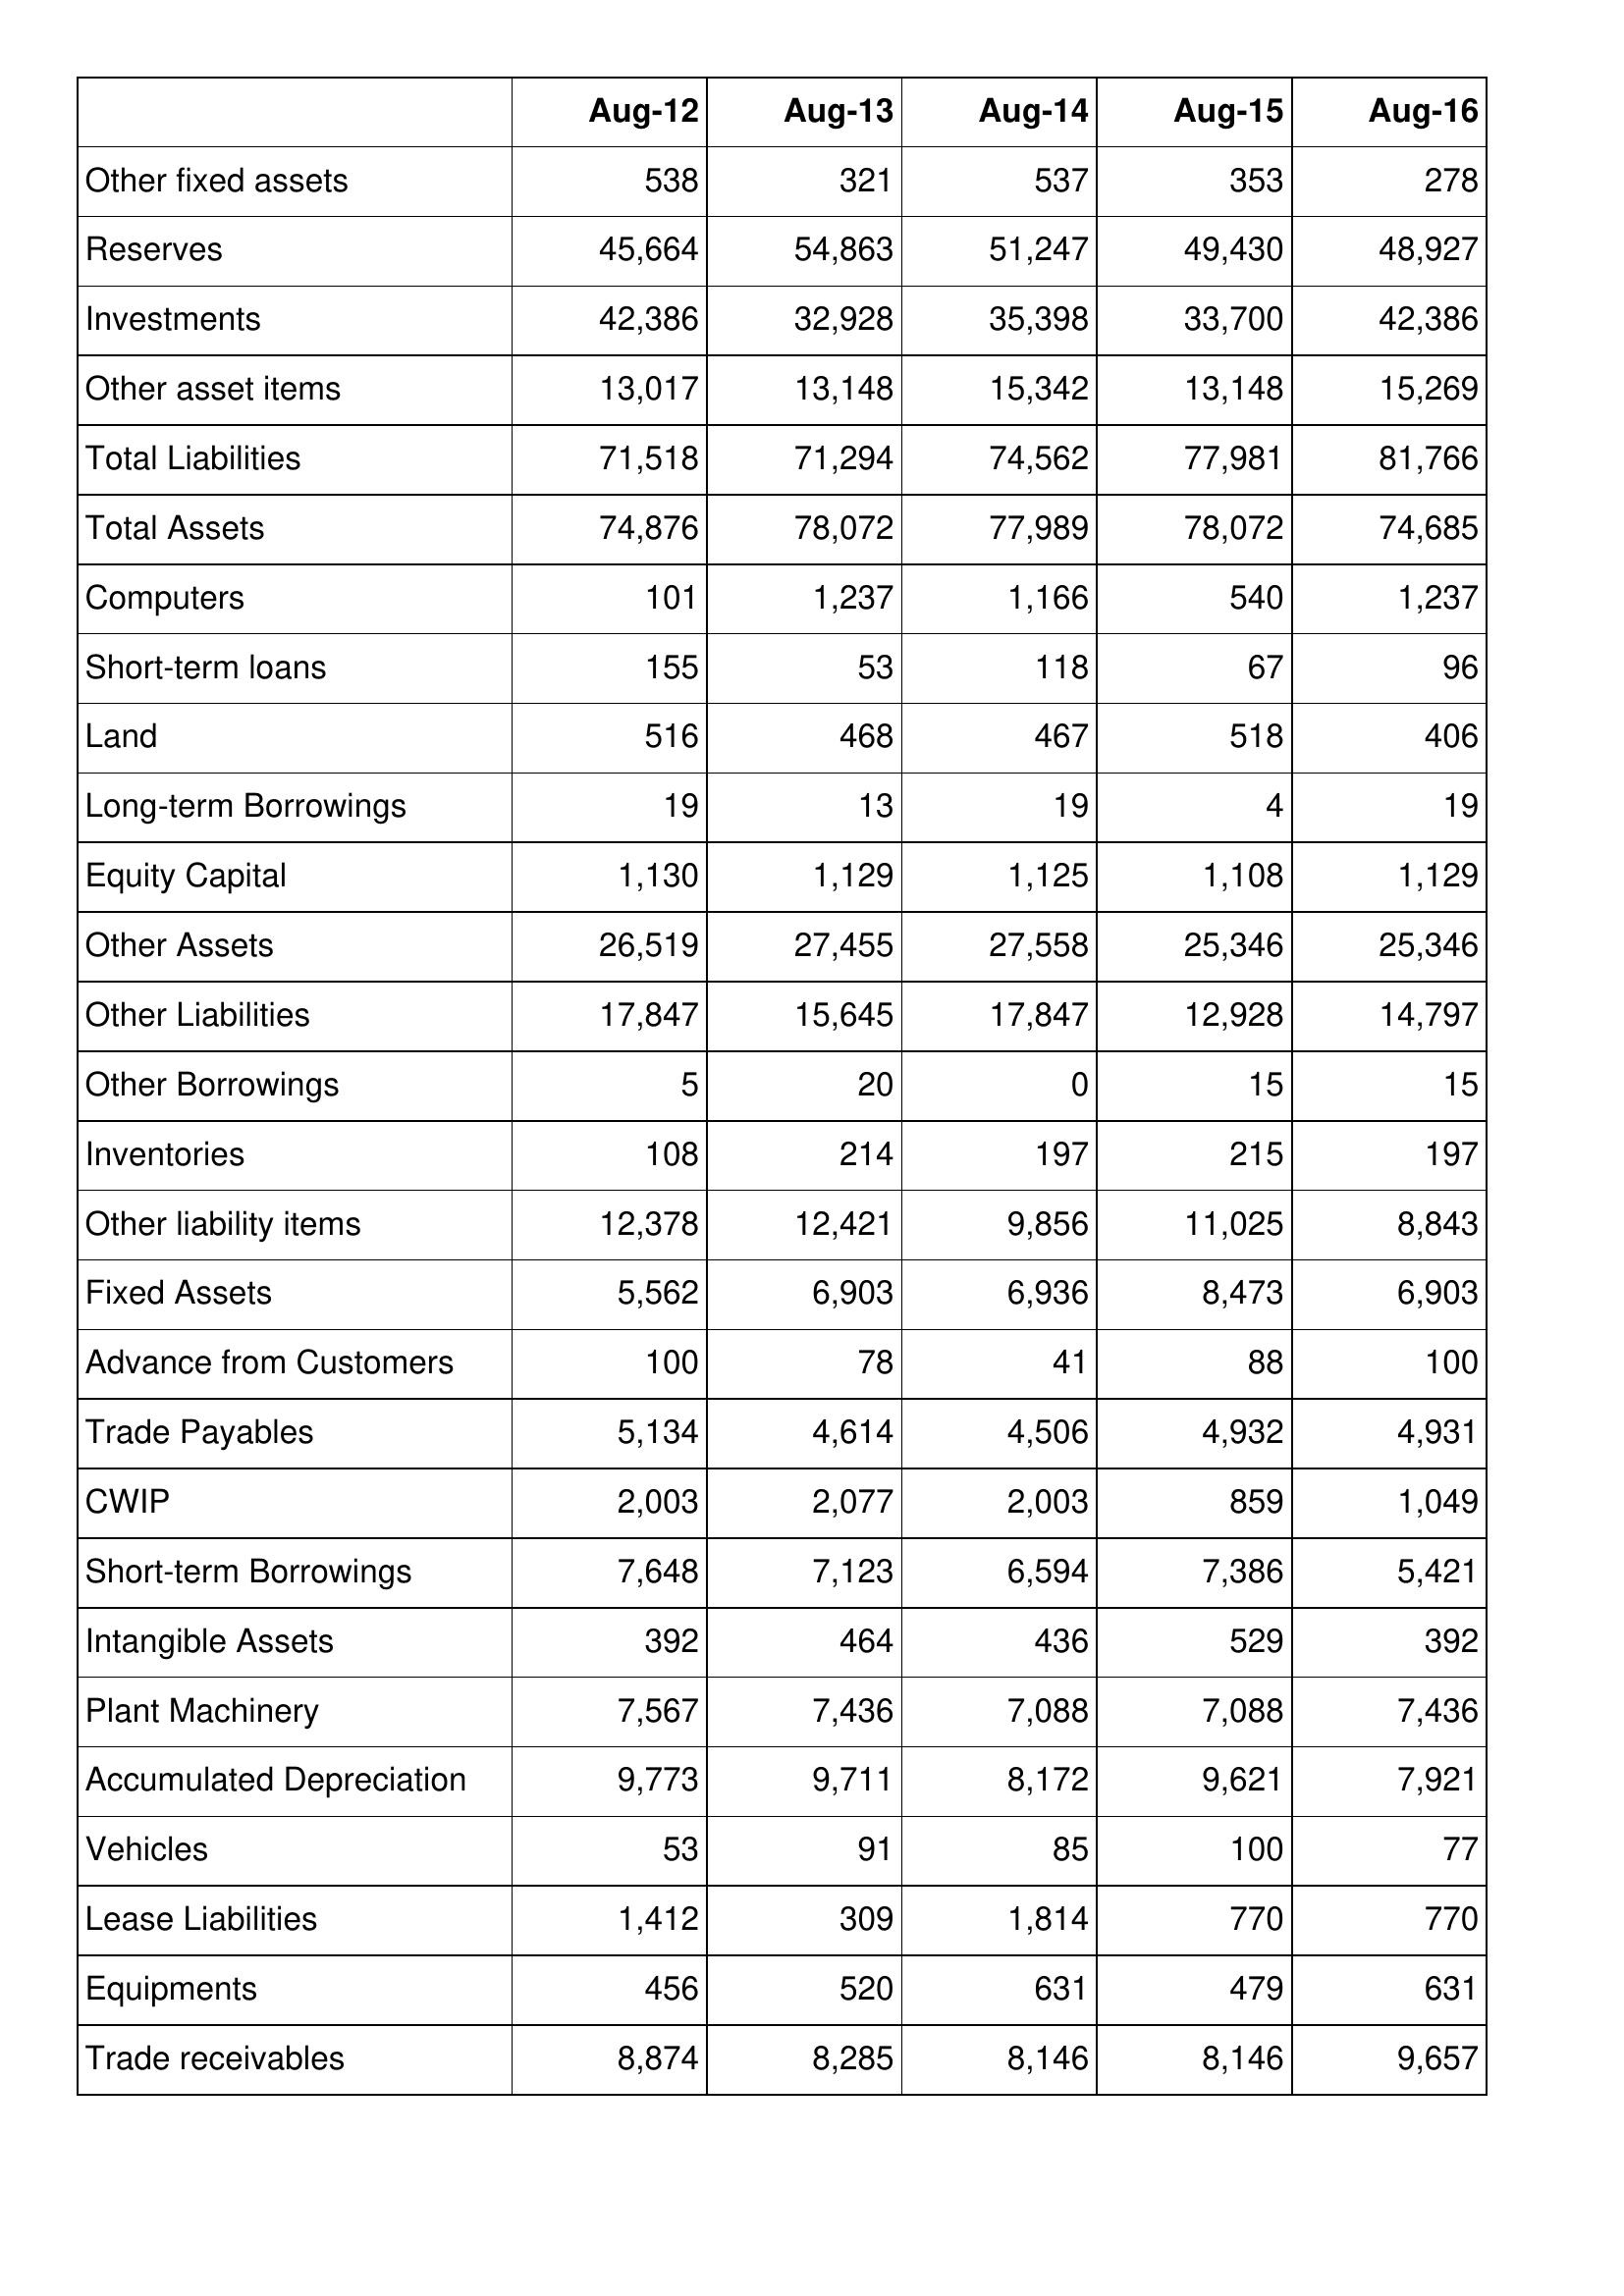
Aug-12: Balance Sheet: Other fixed assets: 538
Reserves: 45,664
Investments: 42,386
Other asset items: 13,017
Total Liabilities: 71,518
Total Assets: 74,876
Computers: 101
Short-term loans: 155
Land: 516
Long-term Borrowings: 19
Equity Capital: 1,130
Other Assets: 26,519
Other Liabilities: 17,847
Other Borrowings: 5
Inventories: 108
Other liability items: 12,378
Fixed Assets: 5,562
Advance from Customers: 100
Trade Payables: 5,134
CWIP: 2,003
Short-term Borrowings: 7,648
Intangible Assets: 392
Plant Machinery: 7,567
Accumulated Depreciation: 9,773
Vehicles: 53
Lease Liabilities: 1,412
Equipments: 456
Trade receivables: 8,874
Aug-13: Balance Sheet: Other fixed assets: 321
Reserves: 54,863
Investments: 32,928
Other asset items: 13,148
Total Liabilities: 71,294
Total Assets: 78,072
Computers: 1,237
Short-term loans: 53
Land: 468
Long-term Borrowings: 13
Equity Capital: 1,129
Other Assets: 27,455
Other Liabilities: 15,645
Other Borrowings: 20
Inventories: 214
Other liability items: 12,421
Fixed Assets: 6,903
Advance from Customers: 78
Trade Payables: 4,614
CWIP: 2,077
Short-term Borrowings: 7,123
Intangible Assets: 464
Plant Machinery: 7,436
Accumulated Depreciation: 9,711
Vehicles: 91
Lease Liabilities: 309
Equipments: 520
Trade receivables: 8,285
Aug-14: Balance Sheet: Other fixed assets: 537
Reserves: 51,247
Investments: 35,398
Other asset items: 15,342
Total Liabilities: 74,562
Total Assets: 77,989
Computers: 1,166
Short-term loans: 118
Land: 467
Long-term Borrowings: 19
Equity Capital: 1,125
Other Assets: 27,558
Other Liabilities: 17,847
Other Borrowings: 0
Inventories: 197
Other liability items: 9,856
Fixed Assets: 6,936
Advance from Customers: 41
Trade Payables: 4,506
CWIP: 2,003
Short-term Borrowings: 6,594
Intangible Assets: 436
Plant Machinery: 7,088
Accumulated Depreciation: 8,172
Vehicles: 85
Lease Liabilities: 1,814
Equipments: 631
Trade receivables: 8,146
Aug-15: Balance Sheet: Other fixed assets: 353
Reserves: 49,430
Investments: 33,700
Other asset items: 13,148
Total Liabilities: 77,981
Total Assets: 78,072
Computers: 540
Short-term loans: 67
Land: 518
Long-term Borrowings: 4
Equity Capital: 1,108
Other Assets: 25,346
Other Liabilities: 12,928
Other Borrowings: 15
Inventories: 215
Other liability items: 11,025
Fixed Assets: 8,473
Advance from Customers: 88
Trade Payables: 4,932
CWIP: 859
Short-term Borrowings: 7,386
Intangible Assets: 529
Plant Machinery: 7,088
Accumulated Depreciation: 9,621
Vehicles: 100
Lease Liabilities: 770
Equipments: 479
Trade receivables: 8,146
Aug-16: Balance Sheet: Other fixed assets: 278
Reserves: 48,927
Investments: 42,386
Other asset items: 15,269
Total Liabilities: 81,766
Total Assets: 74,685
Computers: 1,237
Short-term loans: 96
Land: 406
Long-term Borrowings: 19
Equity Capital: 1,129
Other Assets: 25,346
Other Liabilities: 14,797
Other Borrowings: 15
Inventories: 197
Other liability items: 8,843
Fixed Assets: 6,903
Advance from Customers: 100
Trade Payables: 4,931
CWIP: 1,049
Short-term Borrowings: 5,421
Intangible Assets: 392
Plant Machinery: 7,436
Accumulated Depreciation: 7,921
Vehicles: 77
Lease Liabilities: 770
Equipments: 631
Trade receivables: 9,657